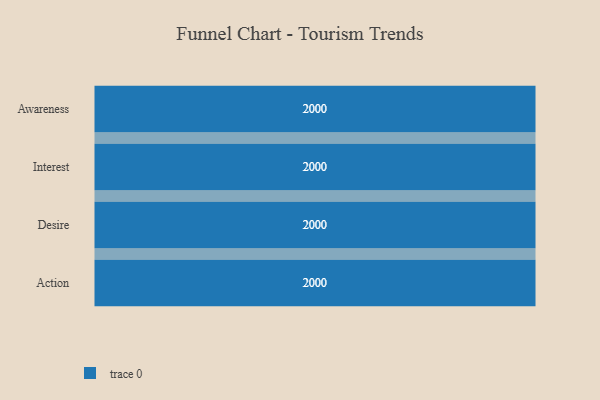
{"axis": {"x": "Stage", "y": "Value"}, "legend": [""], "data": [{"x": "Awareness", "y": 2000, "type": ""}, {"x": "Interest", "y": 2000, "type": ""}, {"x": "Desire", "y": 2000, "type": ""}, {"x": "Action", "y": 2000, "type": ""}]}